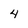
Character: 4